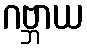
ဂဗ္ဘာယ